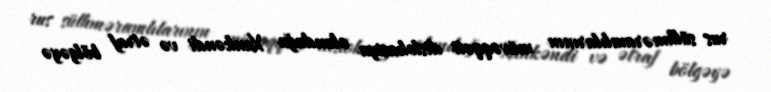
rus sülhməramlılarının müvəqqəti dislokasiya olunduğu Xankəndi və ətraf bölgəyə